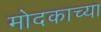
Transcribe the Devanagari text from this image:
मोदकाच्या